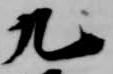
九